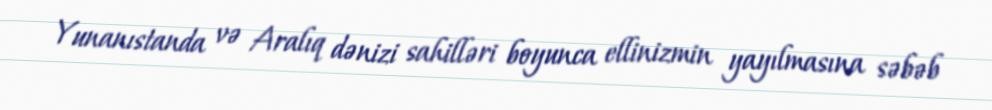
Yunanıstanda və Aralıq dənizi sahilləri boyunca ellinizmin yayılmasına səbəb